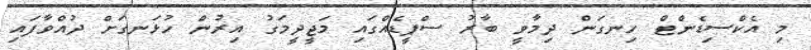
މި އެކްސިޑެންޓް ހިނގަން ދިމާވީ ބާރު ސްޕީޑެއްގައި މަޖީދީމަގު އިރުން ހުޅަނގަށް ދުއްވާފައި